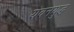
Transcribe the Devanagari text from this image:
यवनयुद्ध